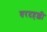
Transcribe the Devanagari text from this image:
वरदहळ्ळी